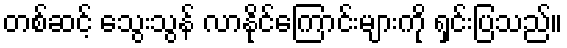
တစ်ဆင့် သွေးသွန် လာနိုင်ကြောင်းများကို ရှင်းပြသည်။